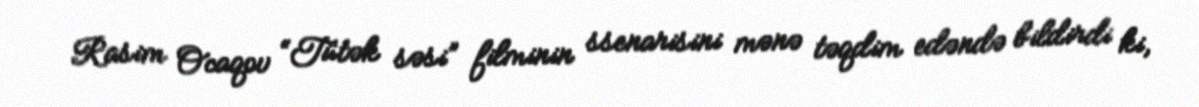
Rasim Ocaqov “Tütək səsi” filminin ssenarisini mənə təqdim edəndə bildirdi ki,